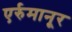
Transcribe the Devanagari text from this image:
एर्रुमानूर